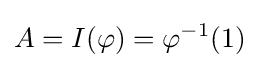
A=I(\varphi )=\varphi ^{-1}(1)